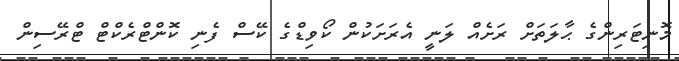
މޮނިޓަރިންގެ ޙާލަތަށް ރަށެއް ލަނީ އެރަށަކުން ކޯވިޑްގެ ކޭސް ފެނި ކޮންޓްރެކްޓް ޓްރޭސިން